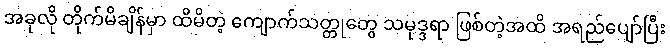
အခုလို တိုက်မိချိန်မှာ ထိမိတဲ့ ကျောက်သတ္တုတွေ သမုဒ္ဒရာ ဖြစ်တဲ့အထိ အရည်ပျော်ပြီး